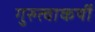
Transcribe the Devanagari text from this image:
गुरुत्वाकर्षी